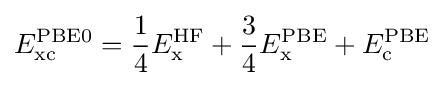
E_{\text{xc}}^{\text{PBE0}}={\frac {1}{4}}E_{\text{x}}^{\text{HF}}+{\frac {3}{4}}E_{\text{x}}^{\text{PBE}}+E_{\text{c}}^{\text{PBE}}